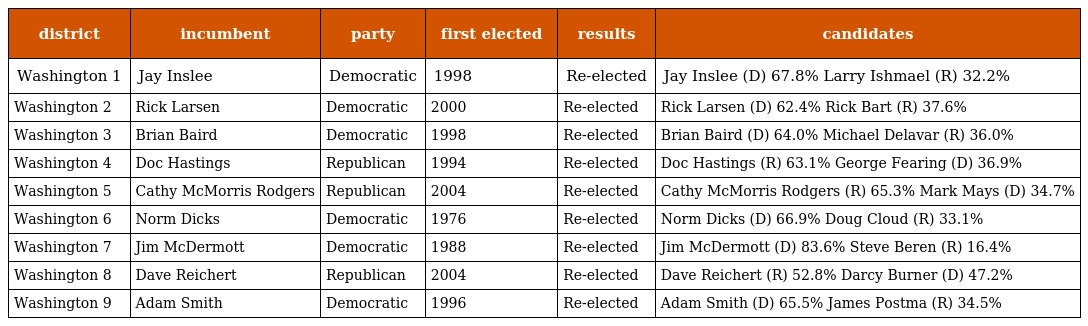
| district | incumbent | party | first elected | results | candidates |
 | --- | --- | --- | --- | --- | --- |
 | Washington 1 | Jay Inslee | Democratic | 1998 | Re-elected | Jay Inslee (D) 67.8% Larry Ishmael (R) 32.2% |
 | Washington 2 | Rick Larsen | Democratic | 2000 | Re-elected | Rick Larsen (D) 62.4% Rick Bart (R) 37.6% |
 | Washington 3 | Brian Baird | Democratic | 1998 | Re-elected | Brian Baird (D) 64.0% Michael Delavar (R) 36.0% |
 | Washington 4 | Doc Hastings | Republican | 1994 | Re-elected | Doc Hastings (R) 63.1% George Fearing (D) 36.9% |
 | Washington 5 | Cathy McMorris Rodgers | Republican | 2004 | Re-elected | Cathy McMorris Rodgers (R) 65.3% Mark Mays (D) 34.7% |
 | Washington 6 | Norm Dicks | Democratic | 1976 | Re-elected | Norm Dicks (D) 66.9% Doug Cloud (R) 33.1% |
 | Washington 7 | Jim McDermott | Democratic | 1988 | Re-elected | Jim McDermott (D) 83.6% Steve Beren (R) 16.4% |
 | Washington 8 | Dave Reichert | Republican | 2004 | Re-elected | Dave Reichert (R) 52.8% Darcy Burner (D) 47.2% |
 | Washington 9 | Adam Smith | Democratic | 1996 | Re-elected | Adam Smith (D) 65.5% James Postma (R) 34.5% |